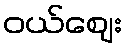
ဝယ်ဈေး